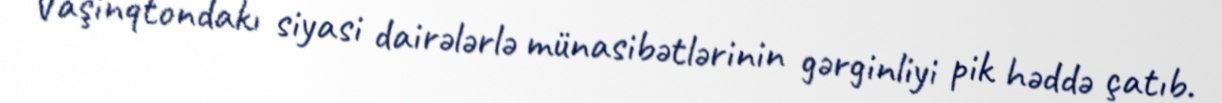
Vaşinqtondakı siyasi dairələrlə münasibətlərinin gərginliyi pik həddə çatıb.